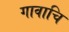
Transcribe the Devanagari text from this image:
गावाचि